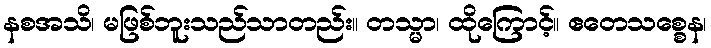
နစအသိ၊ မဖြစ်ဘူးသည်သာတည်း။ တသ္မာ၊ ထိုကြောင့်။ ဧတေသစ္စေန၊